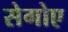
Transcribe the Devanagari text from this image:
सेगोए